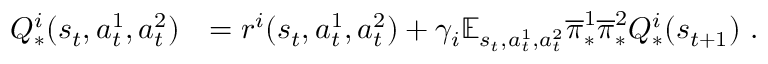
\begin{array} { r l } { Q _ { * } ^ { i } ( s _ { t } , a _ { t } ^ { 1 } , a _ { t } ^ { 2 } ) } & { = r ^ { i } ( s _ { t } , a _ { t } ^ { 1 } , a _ { t } ^ { 2 } ) + \gamma _ { i } \mathbb E _ { s _ { t } , a _ { t } ^ { 1 } , a _ { t } ^ { 2 } } \overline { \pi } _ { * } ^ { 1 } \overline { \pi } _ { * } ^ { 2 } Q _ { * } ^ { i } ( s _ { t + 1 } ) \ . } \end{array}